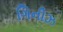
ગિનીઝ